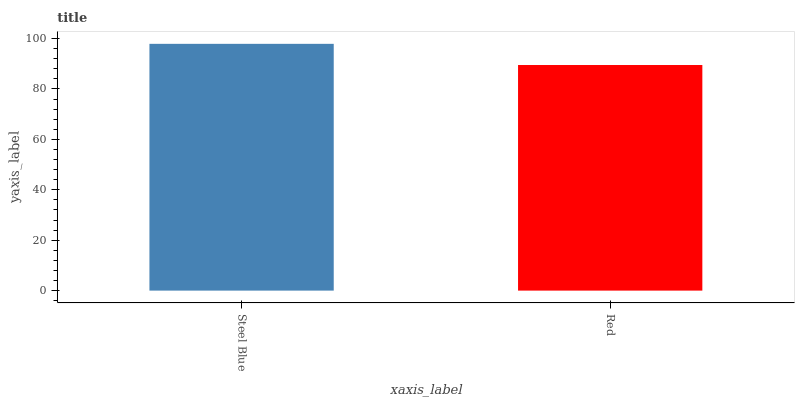
| xaxis_label | bars |
 | --- | --- |
 | Steel Blue | 97.9 |
 | Red | 89.5 |